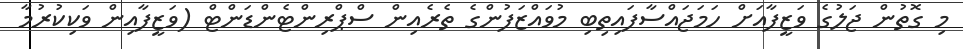
މި ގޮތުން ޖަލުގެ ވަޒީފާއަށް ހަމަޖައްސާފައިތިބި މުވައްޒަފުންގެ ތެރެއިން ސްޕްރިންޓެންޑަންޓް (ވަޒީފާއިން ވަކިކުރުމާ